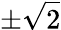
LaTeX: \pm{\sqrt{2}}